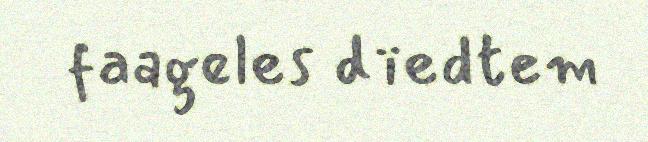
faageles dïedtem